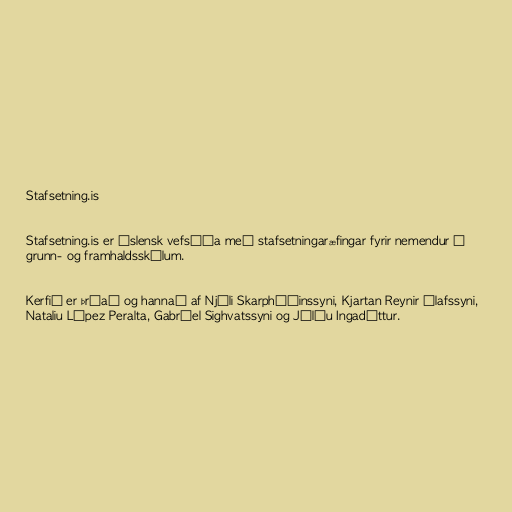
Stafsetning.is

Stafsetning.is er íslensk vefsíða með stafsetningaræfingar fyrir nemendur í
grunn- og framhaldsskólum.

Kerfið er þróað og hannað af Njáli Skarphéðinssyni, Kjartan Reynir Ólafssyni,
Nataliu López Peralta, Gabríel Sighvatssyni og Júlíu Ingadóttur.